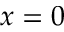
x = 0